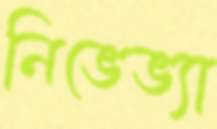
নিভেভ্যা